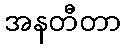
အနတီတာ